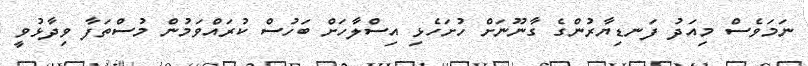
ނަމަވެސް މިއަދު ފަނޑިޔާރުންގެ ގާނޫނަށް ހުށަހެޅި އިސްލާހަށް ބަހުސް ކުރައްވަމުން މުސްތަފާ ވިދާޅުވީ